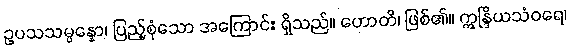
ဥပသသမ္ပန္နော၊ ပြည့်စုံသော အကြောင်း ရှိသည်။ ဟောတိ၊ ဖြစ်၏။ ဣန္ဒြိယသံဝရေ၊